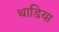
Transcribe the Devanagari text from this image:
थाडिया